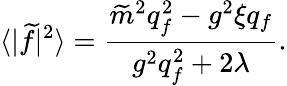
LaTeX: \langle|\widetilde{f}|^{2}\rangle=\frac{\widetilde{m}^{2}q_{f}^{2}-g^{2}\xi q_{f}}{g^{2}q_{f}^{2}+2\lambda}.